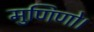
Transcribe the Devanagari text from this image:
मुणिणो।